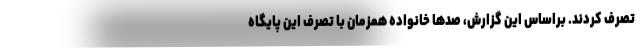
تصرف کردند. براساس این گزارش، صدها خانواده همزمان با تصرف این پایگاه